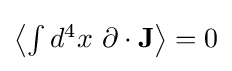
{\textstyle \left\langle \int d^{4}x~\partial \cdot {\textbf {J}}\right\rangle =0}